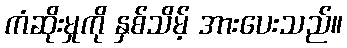
ကံဆိုးမှုကို နှစ်သိမ့် အားပေးသည်။